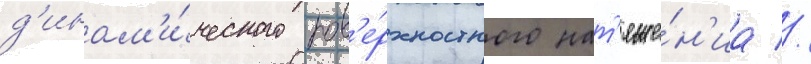
д'инам'и́ческого пов'е́рхностного нат'яже́н'иа //